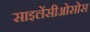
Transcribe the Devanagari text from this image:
साइलेंसीओसोस